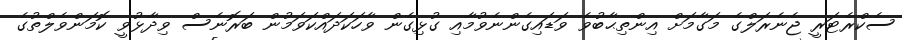
ސެކްރެޓަރީ ޖެނެރަލްގެ މަގާމަށް އިންތިޙާބުވެ ވަޑައިގެންނެވުމާއި ގުޅިގެން ވާހަކަދައްކަވަމުން ބަރޮނެސް ވިދާޅުވީ ކޮމަންވެލްތުގެ